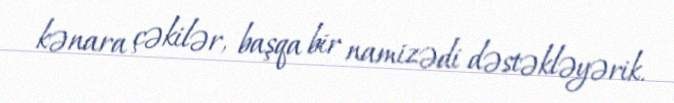
kənara çəkilər, başqa bir namizədi dəstəkləyərik.